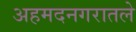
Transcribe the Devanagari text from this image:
अहमदनगरातले